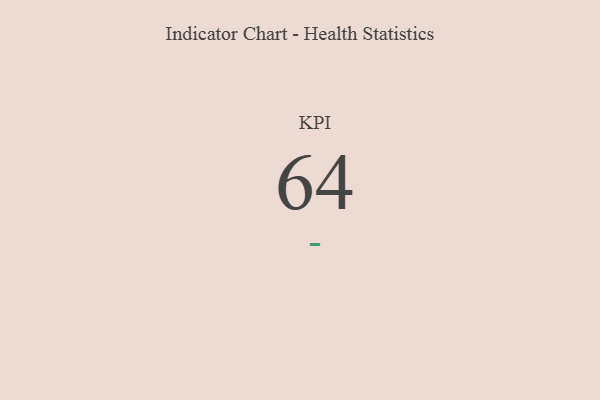
{"axis": {"x": "KPI", "y": "Value"}, "legend": [""], "data": [{"x": "KPI", "y": 64, "type": ""}]}